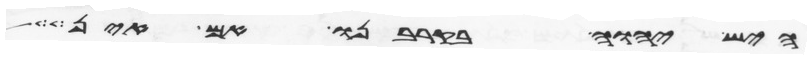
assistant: היש יהוה בקרבנו אם אין